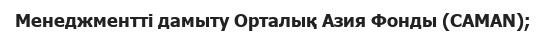
Менеджментті дамыту Орталық Азия Фонды (CAMAN);